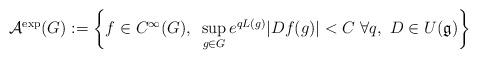
LaTeX: \begin{align*}\mathcal{A}^{\exp}(G):=\left\{f\in C^\infty(G),~\sup_{g\in G}e^{q L(g)}|Df(g)|<C ~\forall q,~D\in U(\mathfrak{g})\right\}\end{align*}